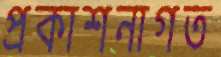
প্রকাশনাগত